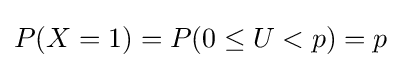
P(X=1)=P(0\leq U<p)=p